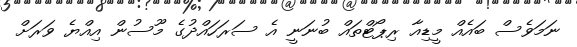
ނަމަވެސް ބައެއް މީޑިއާ ރިޕޯޓްތައް ބުނަނީ އެ ސަރަހައްދުގެ މޫސުން އިއްޔެ ވަރަށް